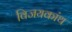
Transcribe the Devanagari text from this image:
विजयकांथ